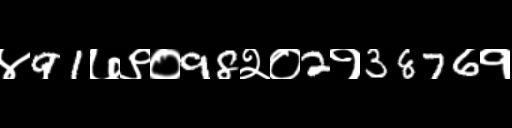
Text: ४91७९०98२०2१3876१